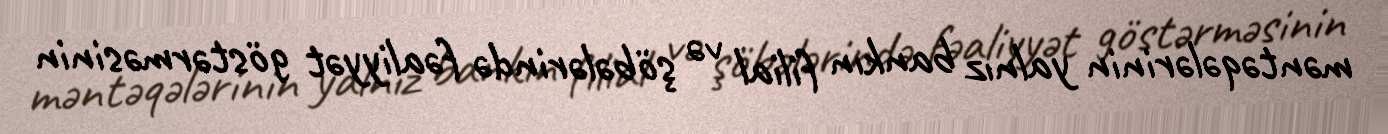
məntəqələrinin yalnız bankın filial və şöbələrində fəaliyyət göstərməsinin